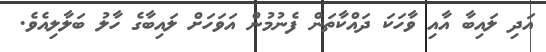
އަދި ލައިބާ އާއި ވާހަކަ ދައްކާތަން ފެނުމުން އަވަހަށް ލައިބާގެ ހާލު ބަލާލިއެވެ.